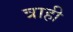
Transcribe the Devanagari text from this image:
त्राही